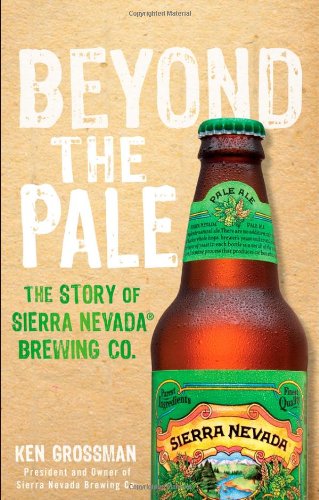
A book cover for Beyond the Pale: The Story of Sierra Nevada Brewing Co.; Ken Grossman; Cookbooks, Food & Wine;